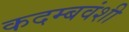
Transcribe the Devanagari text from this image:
कदम्बवंशी